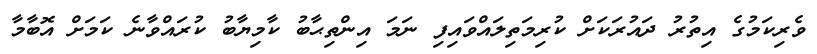
ވެރިކަމުގެ އިތުރު ދައުރަކަށް ކުރިމަތިލައްވައިފި ނަމަ އިންތިޙާބު ކާމިޔާބު ކުރައްވާނެ ކަމަށް އޮބާމާ